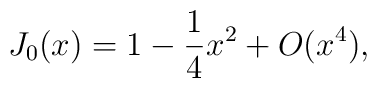
J_0(x)=1-\frac{1}{4}x^2+O(x^4),